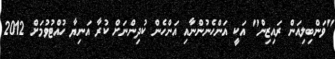
"ވަންބިލިއަން ރައިޒިން" އަކީ އަންހެނުންނާއި އަންހެން ކުދިންނަށް ކުރާ އަނިޔާ ހުއްޓުވުމަށް 2012